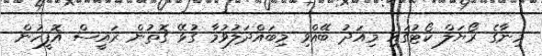
މިނާގެ ރޯޔަލް ކޯޓުގައި މިއަދު ބޭއްވި މިބައްދަލުވުމާ ގުޅޭ ގޮތުން ރައީސް އޮފީހުން